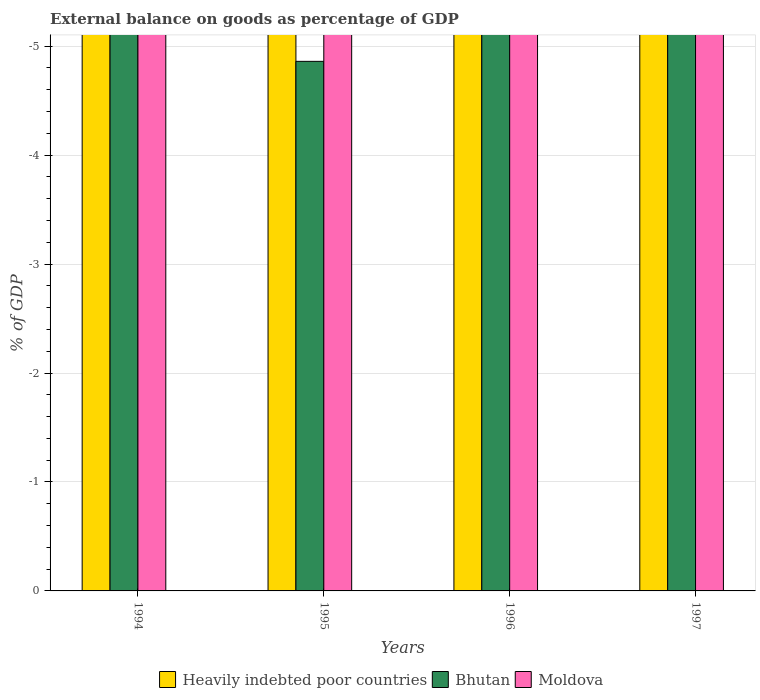
| Years | Heavily indebted poor countries | Bhutan | Moldova |
 | --- | --- | --- | --- |
 | 1994 | -8.93 | -9.9 | -5.87 |
 | 1995 | -7.23 | -4.86 | -8.61 |
 | 1996 | -6.81 | -10.2 | -18.6 |
 | 1997 | -6.97 | -10.2 | -19.5 |